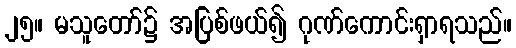
၂၅။ မသူတော်၌ အပြစ်ဖယ်၍ ဂုဏ်ကောင်းရှာရသည်။